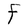
Character: F